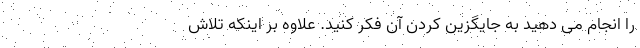
را انجام می دهید به جایگزین کردن آن فکر کنید. علاوه بر اینکه تلاش